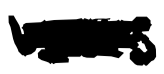
Text: was
Cross-out: scratch
Writing tool: digital_black